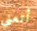
أتعني